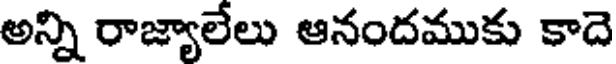
అన్ని రాజ్యాలేలు ఆనందముకు కాదె